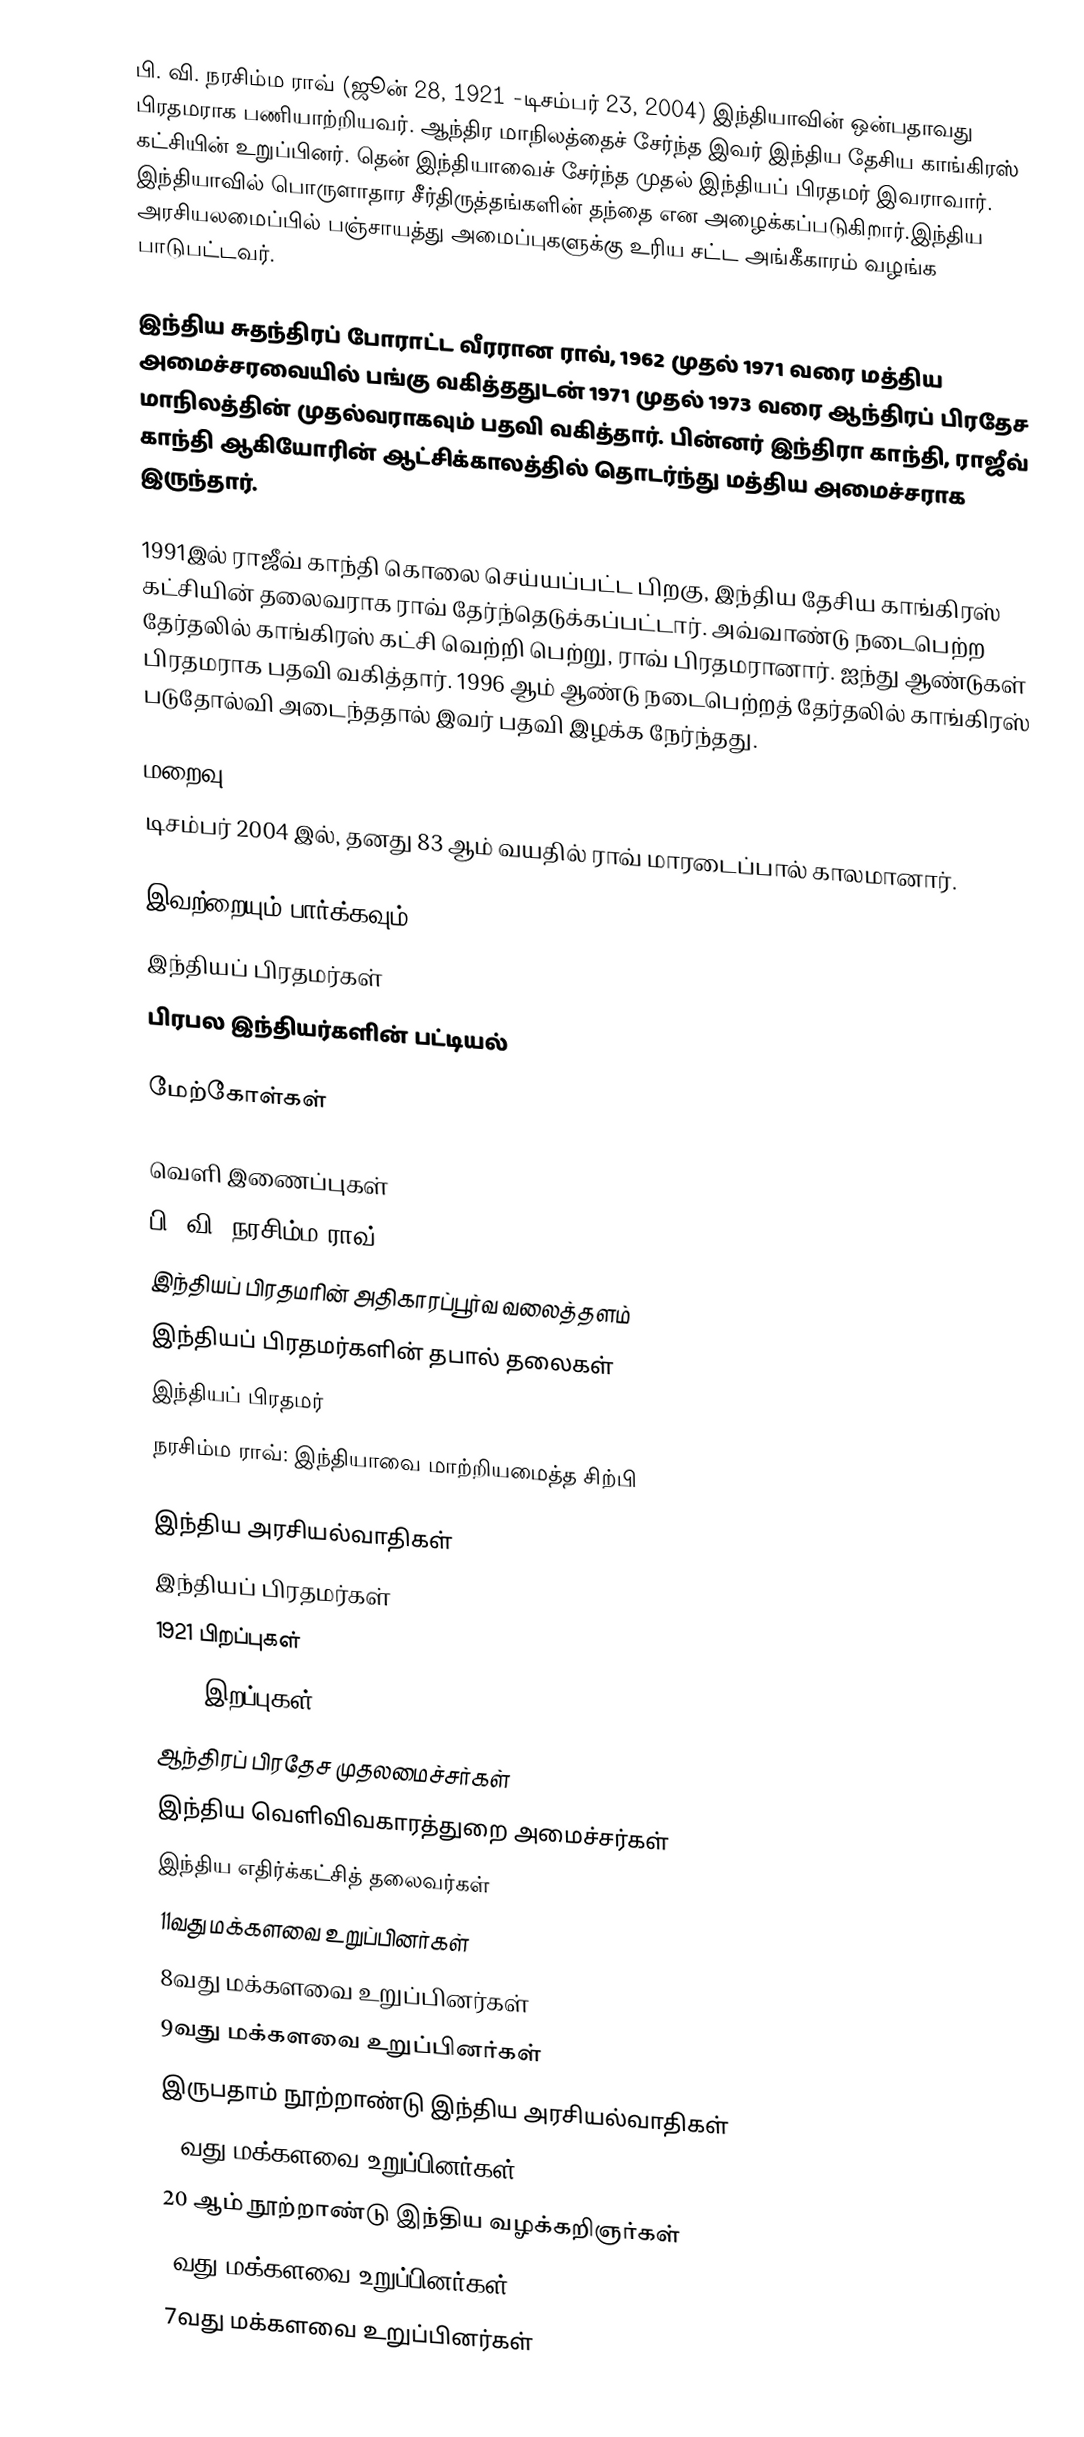
பி. வி. நரசிம்ம ராவ் (ஜூன் 28, 1921 -டிசம்பர் 23, 2004) இந்தியாவின் ஒன்பதாவது பிரதமராக பணியாற்றியவர். ஆந்திர மாநிலத்தைச் சேர்ந்த இவர் இந்திய தேசிய காங்கிரஸ் கட்சியின் உறுப்பினர். தென் இந்தியாவைச் சேர்ந்த முதல் இந்தியப் பிரதமர் இவராவார். இந்தியாவில் பொருளாதார சீர்திருத்தங்களின் தந்தை என அழைக்கப்படுகிறார்.இந்திய அரசியலமைப்பில் பஞ்சாயத்து அமைப்புகளுக்கு உரிய சட்ட அங்கீகாரம் வழங்க பாடுபட்டவர்.

இந்திய சுதந்திரப் போராட்ட வீரரான ராவ், 1962 முதல் 1971 வரை மத்திய அமைச்சரவையில் பங்கு வகித்ததுடன் 1971 முதல் 1973 வரை ஆந்திரப் பிரதேச மாநிலத்தின் முதல்வராகவும் பதவி வகித்தார். பின்னர் இந்திரா காந்தி, ராஜீவ் காந்தி ஆகியோரின் ஆட்சிக்காலத்தில் தொடர்ந்து மத்திய அமைச்சராக இருந்தார்.

1991இல் ராஜீவ் காந்தி கொலை செய்யப்பட்ட பிறகு, இந்திய தேசிய காங்கிரஸ் கட்சியின் தலைவராக ராவ் தேர்ந்தெடுக்கப்பட்டார். அவ்வாண்டு நடைபெற்ற தேர்தலில் காங்கிரஸ் கட்சி வெற்றி பெற்று, ராவ் பிரதமரானார். ஐந்து ஆண்டுகள் பிரதமராக பதவி வகித்தார். 1996 ஆம் ஆண்டு நடைபெற்றத் தேர்தலில் காங்கிரஸ் படுதோல்வி அடைந்ததால் இவர் பதவி இழக்க நேர்ந்தது.

மறைவு
டிசம்பர் 2004 இல், தனது 83 ஆம் வயதில் ராவ் மாரடைப்பால் காலமானார்.

இவற்றையும் பார்க்கவும்
 இந்தியப் பிரதமர்கள்
 பிரபல இந்தியர்களின் பட்டியல்

மேற்கோள்கள்

வெளி இணைப்புகள்
 பி. வி. நரசிம்ம ராவ்
 இந்தியப் பிரதமரின் அதிகாரப்பூர்வ வலைத்தளம்
 இந்தியப் பிரதமர்களின் தபால் தலைகள்
 இந்தியப் பிரதமர்
 நரசிம்ம ராவ்: இந்தியாவை மாற்றியமைத்த சிற்பி

இந்திய அரசியல்வாதிகள்
இந்தியப் பிரதமர்கள்
1921 பிறப்புகள்
2004 இறப்புகள்
ஆந்திரப் பிரதேச முதலமைச்சர்கள்
இந்திய வெளிவிவகாரத்துறை அமைச்சர்கள்
இந்திய எதிர்க்கட்சித் தலைவர்கள்
11வது மக்களவை உறுப்பினர்கள்
8வது மக்களவை உறுப்பினர்கள்
9வது மக்களவை உறுப்பினர்கள்
இருபதாம் நூற்றாண்டு இந்திய அரசியல்வாதிகள்
10வது மக்களவை உறுப்பினர்கள்
20 ஆம் நூற்றாண்டு இந்திய வழக்கறிஞர்கள்
6வது மக்களவை உறுப்பினர்கள்
7வது மக்களவை உறுப்பினர்கள்